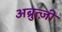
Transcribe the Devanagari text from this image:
अब्रुत्ज़ी